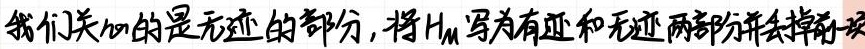
我们关心的是无迹的部分，将$H_M$写为有迹和无迹两部分并去掉前一项